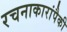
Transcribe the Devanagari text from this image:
रचनाकारांपैकी